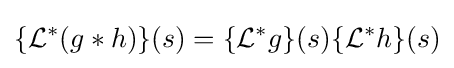
\{{\mathcal {L}}^{*}(g*h)\}(s)=\{{\mathcal {L}}^{*}g\}(s)\{{\mathcal {L}}^{*}h\}(s)